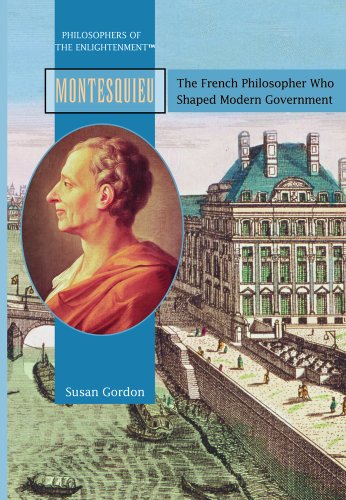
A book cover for Montesquieu: The French Philosopher Who Shaped Modern Govermnent (Philosophers of the Enlightenment); Susan Gordon; Teen & Young Adult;